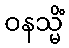
ဝနသ္မိံ